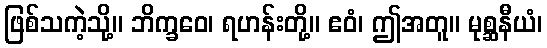
ဖြစ်သကဲ့သို့။ ဘိက္ခဝေ၊ ရဟန်းတို့။ ဧဝံ၊ ဤအတူ။ မုစ္ဆနီယံ၊